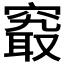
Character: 𥧖